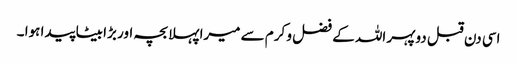
اسی دن قبل دوپہر اللہ کے فضل و کرم سے میرا پہلا بچہ اور بڑا بیٹا پیدا ہوا ۔